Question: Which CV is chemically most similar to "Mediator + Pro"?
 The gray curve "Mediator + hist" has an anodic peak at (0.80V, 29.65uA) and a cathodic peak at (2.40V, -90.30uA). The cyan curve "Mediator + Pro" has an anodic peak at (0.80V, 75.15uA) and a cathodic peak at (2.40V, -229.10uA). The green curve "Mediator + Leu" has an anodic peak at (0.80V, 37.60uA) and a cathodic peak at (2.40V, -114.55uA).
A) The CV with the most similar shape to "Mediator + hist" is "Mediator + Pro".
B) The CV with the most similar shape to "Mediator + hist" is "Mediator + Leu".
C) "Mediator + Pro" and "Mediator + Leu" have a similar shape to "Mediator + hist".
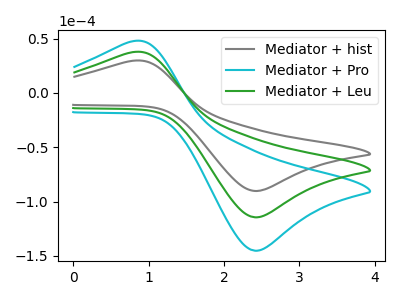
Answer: <think>All the peaks in "Mediator + hist" have a peak in "Mediator + Pro" at the same potential. Every peak in "Mediator + hist" is lower than every peak in "Mediator + Pro". All the peaks in "Mediator + hist" have a peak in "Mediator + Leu" at the same potential. Every peak in "Mediator + hist" is lower than every peak in "Mediator + Leu". All the peaks in "Mediator + Pro" have a peak in "Mediator + Leu" at the same potential. Every peak in "Mediator + Pro" is higher than every peak in "Mediator + Leu".
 </think>
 <answer>C) "Mediator + Pro" and "Mediator + Leu" have a similar shape to "Mediator + hist".</answer>
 <eval>C</eval>